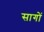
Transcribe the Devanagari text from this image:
सागों